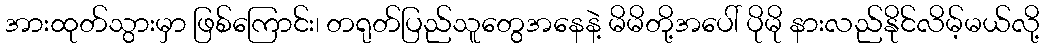
အားထုတ်သွားမှာ ဖြစ်ကြောင်း၊ တရုတ်ပြည်သူတွေအနေနဲ့ မိမိတို့အပေါ် ပိုမို နားလည်နိုင်လိမ့်မယ်လို့